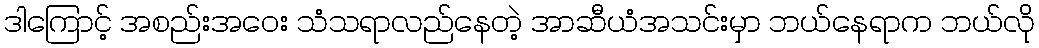
ဒါကြောင့် အစည်းအဝေး သံသရာလည်နေတဲ့ အာဆီယံအသင်းမှာ ဘယ်နေရာက ဘယ်လို